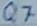
Text: Q7